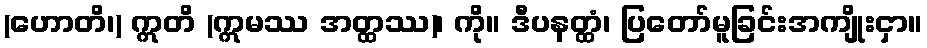
(ဟောတိ၊) ဣတိ (ဣမဿ အတ္ထဿ)၊ ကို။ ဒီပနတ္ထံ၊ ပြတော်မူခြင်းအကျိုးငှာ။